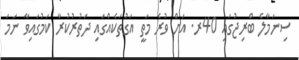
ސިނަމާލެ ބްރިޖުގައި 40ރ. އަށް ވުރެ މަތީ އަގުތަކެއްގައި ދަތުރުކުރާ ކަމުގައިވާ ނަމަ